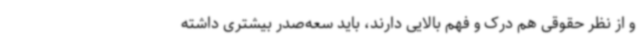
و از نظر حقوقی هم درک و فهم بالایی دارند، باید سعه‌صدر بیشتری داشته‌